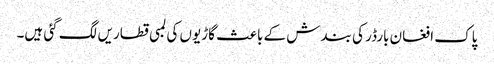
پاک افغان بارڈر کی بندش کے باعث گاڑیوں کی لمبی قطاریں لگ گئی ہیں۔